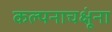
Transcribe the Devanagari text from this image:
कल्पनाचक्षूंना